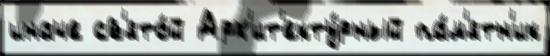
иначе св'ято́й Арх'ит'екту́рный па́м'ятн'ик